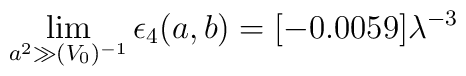
\lim_{a^2 \gg (V_0)^{-1}}\epsilon_4(a,b)=[-0.0059]\lambda^{-3}